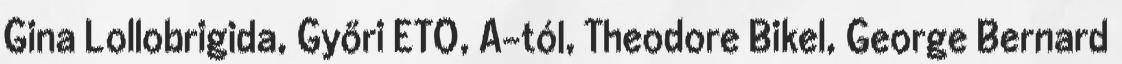
Gina Lollobrigida, Győri ETO, A-tól, Theodore Bikel, George Bernard